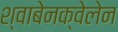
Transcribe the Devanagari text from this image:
श्वाबेनक्वेलेन